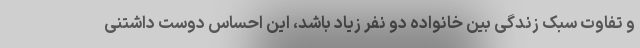
و تفاوت سبک زندگی بین خانواده دو نفر زیاد باشد، این احساس دوست داشتنی